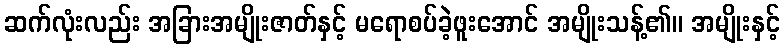
ဆက်လုံးလည်း အခြားအမျိုးဇာတ်နှင့် မရောစပ်ခဲ့ဖူးအောင် အမျိုးသန့်၏။ အမျိုးနှင့်